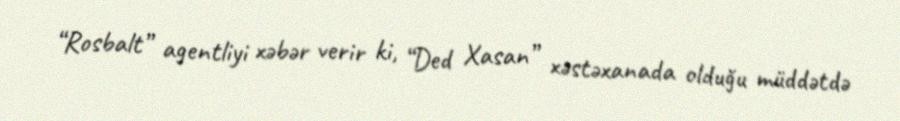
“Rosbalt” agentliyi xəbər verir ki, “Ded Xasan” xəstəxanada olduğu müddətdə